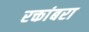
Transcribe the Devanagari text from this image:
रक्तांबरा